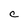
Character: C